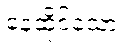
နေထိုင်သော